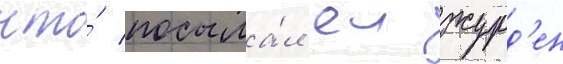
что́ посыла́л еи журд'ен